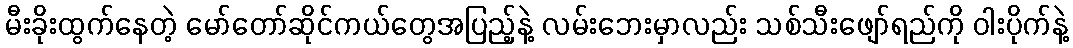
မီးခိုးထွက်နေတဲ့ မော်တော်ဆိုင်ကယ်တွေအပြည့်နဲ့ လမ်းဘေးမှာလည်း သစ်သီးဖျော်ရည်ကို ဝါးပိုက်နဲ့